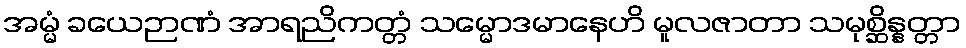
အမ္မံ ခယေဉာဏံ အာရညိကတ္တံ သမ္မောဒမာနေဟိ မူလဇာတာ သမုစ္ဆိန္နတ္တာ